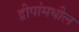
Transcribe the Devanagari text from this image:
द्वीपांमधील